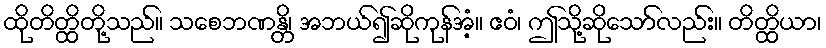
ထိုတိတ္ထိတို့သည်။ သစေဘဏန္တိ၊ အဘယ်၍ဆိုကုန်အံ့။ ဧဝံ၊ ဤသို့ဆိုသော်လည်း။ တိတ္ထိယာ၊